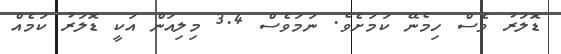
ޑޮލަރު ވެސް ހިމެނޭ ކަމަށެވެ. ނަމަވެސް 3.4 މިލިއަން އަކީ ޑޮލަރު ކަމެއް